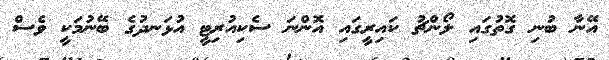
އޭނާ ބުނި ގޮތުގައި ލޯންޗު ކައިރީގައި އޮންނަ ސެކިއުރިޓީ އުޅަނދުގެ ބޭނުމަކީ ވެސް